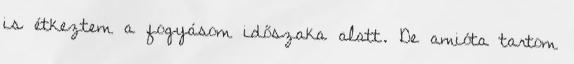
is étkeztem a fogyásom időszaka alatt. De amióta tartom